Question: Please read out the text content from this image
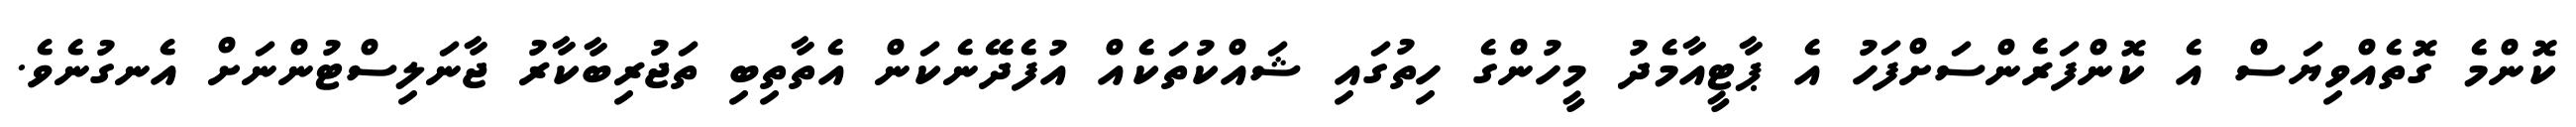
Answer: ކޮންމެ ގޮތެއްވިޔަސް އެ ކޮންފަރެންސަށްފަހު އެ ޕާޓީއާމެދު މީހުންގެ ހިތުގައި ޝައްކުތަކެއް އުފެދޭނެކަން އެތާތިބި ތަޖުރިބާކާރު ޖާނަލިސްޓުންނަށް އެނގުނެވެ.